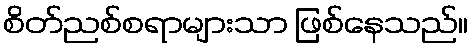
စိတ်ညစ်စရာများသာ ဖြစ်နေသည်။